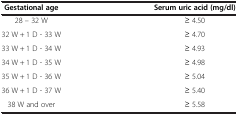
| Gestational age | Serum uric acid (mg/dl) |
 | --- | --- |
 | 28 – 32 W | ≥ 4.50 |
 | 32 W + 1 D - 33 W | ≥ 4.70 |
 | 33 W + 1 D - 34 W | ≥ 4.93 |
 | 34 W + 1 D - 35 W | ≥ 4.98 |
 | 35 W + 1 D - 36 W | ≥ 5.04 |
 | 36 W + 1 D - 37 W | ≥ 5.40 |
 | 38 W and over | ≥ 5.58 |